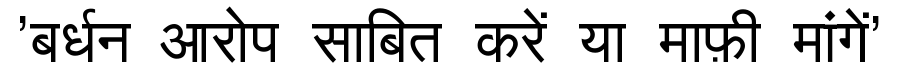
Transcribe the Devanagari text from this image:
'बर्धन आरोप साबित करें या माफ़ी मांगें'